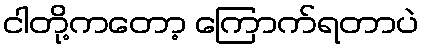
ငါတို့ကတော့ ကြောက်ရတာပဲ